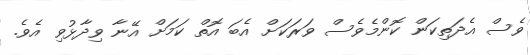
ވެސް އެދަތިކަން ކޮންމެވެސް ވަރަކަށް އެބަ އޮތް ކަމަށް އޭނާ ވިދާޅުވި އެވެ.